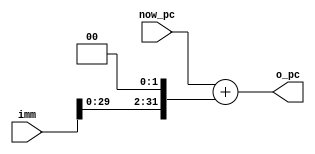
`timescale 1ns / 1ps    

module PCAddImm(now_pc, imm, o_pc);
    input [31:0] now_pc, imm;
    output [31:0] o_pc;

    assign o_pc = now_pc + (imm << 2);
    
endmodule